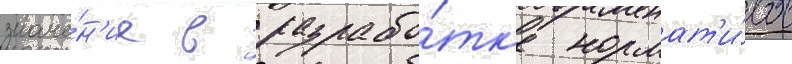
значе́н'ие в разрабо́тк'е нормат'и́вов